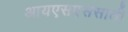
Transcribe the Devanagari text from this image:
आयएसएससाठी